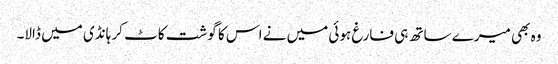
وہ بھی میرے ساتھ ہی فارغ ہوئی میں نے اس کا گوشت کاٹ کر ہانڈی میں ڈالا۔